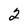
Character: 2